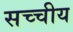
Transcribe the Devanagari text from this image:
सच्चीय